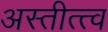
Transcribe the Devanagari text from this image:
अस्तीत्त्व